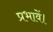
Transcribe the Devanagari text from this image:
प्रभावें।